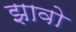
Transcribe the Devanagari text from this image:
झावो